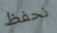
نحفظ